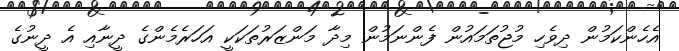
އެހެންކަމުން ދިވެހި މުޖުތަމައުން ފެންނަމުން މިދާ މަންޒަރުތަކަކީ އަހަރެމެންގެ ދީނާއި އެ ދީނުގެ